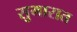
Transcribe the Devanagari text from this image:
सुमारात